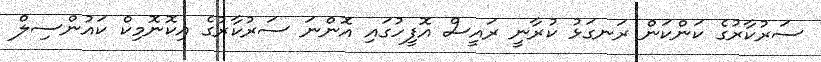
ސަރުކާރުގެ ކަންކަން ރަނގަޅު ކުރާނީ ރައީސް އޮފީހުގައި އޮންނަ ސަރުކާރުގެ އިކޮނޮމިކް ކައުންސިލް